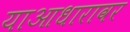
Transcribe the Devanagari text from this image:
याआधारावर